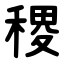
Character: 稷